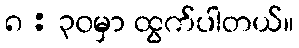
၈ : ၃၀မှာ ထွက်ပါတယ်။